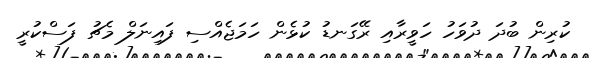
ކުރިން ބުދަ ދުވަހު ހަވީރާއި ރޭގަނޑު ކުޅެން ހަމަޖެއްސި ފައިނަލް މެޗު ފަސްކުރީ